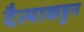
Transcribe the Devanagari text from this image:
दैत्याकडुन